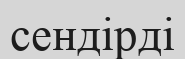
сендірді